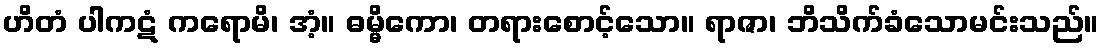
ဟိတံ ပါကဋံ ကရောမိ၊ အံ့။ ဓမ္မိကော၊ တရားစောင့်သော။ ရာဇာ၊ ဘိသိက်ခံသောမင်းသည်။